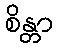
စိန္တာ